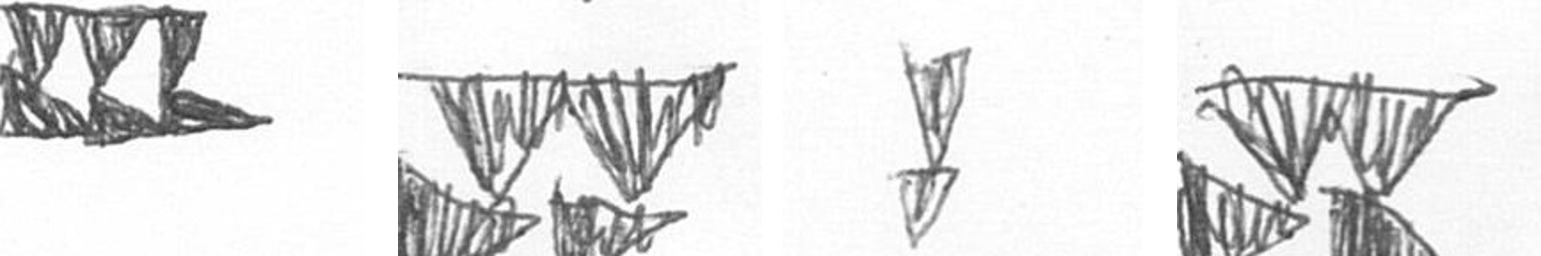
D B Z B